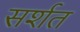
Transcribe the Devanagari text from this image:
सर्शत